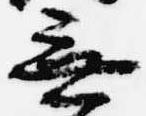
無